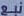
نیع